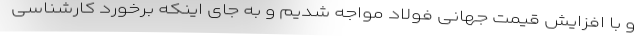
و با افزایش قیمت جهانی فولاد مواجه شدیم و به جای اینکه برخورد کارشناسی